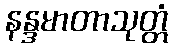
နန္ဒမာတာသုတ္တံ